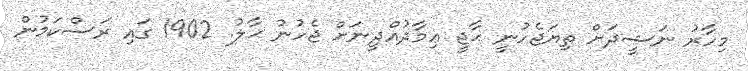
މިހާރު ނަޝީދަށް ތިޔަޖެހުނީ ޙާޖީ ޢިމާދުއްދީނަށް ޖެހުނު ޙާލު. 1902 ގައި ރަސްކަމުން